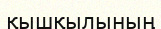
қышқылының